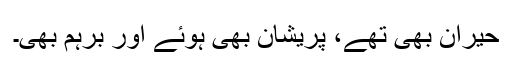
حیران بھی تھے، پریشان بھی ہوئے اور برہم بھی۔